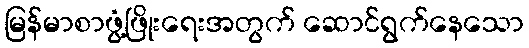
မြန်မာစာဖွံ့ဖြိုးရေးအတွက် ဆောင်ရွက်နေသော